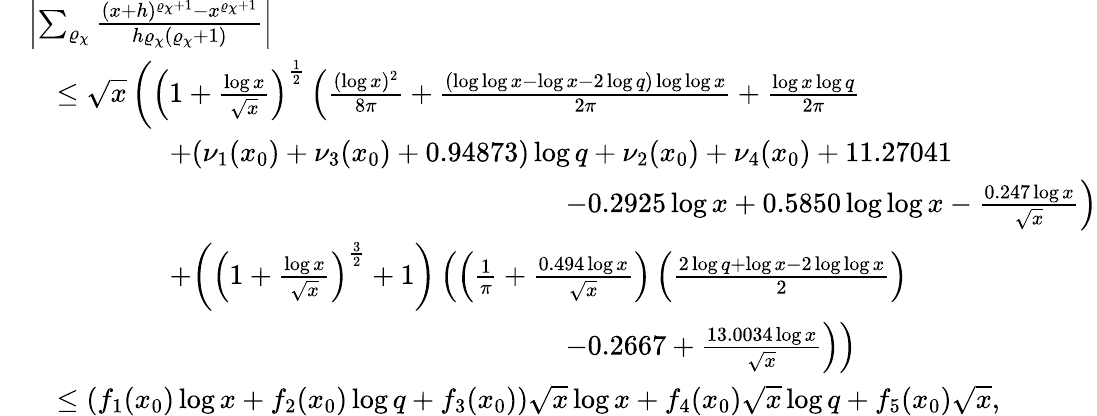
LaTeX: \begin{array}{rl}&{\left|\sum_{\varrho_{\chi}}\frac{(x+h)^{\varrho_{\chi}+1}-x^{\varrho_{\chi}+1}}{h\varrho_{\chi}(\varrho_{\chi}+1)}\right|}\\ &{\quad\leq\sqrt{x}\left(\left(1+\frac{\log{x}}{\sqrt{x}}\right)^{\frac{1}{2}}\left(\frac{(\log{x})^{2}}{8\pi}+\frac{(\log\log{x}-\log{x}-2\log{q})\log\log{x}}{2\pi}+\frac{\log{x}\log{q}}{2\pi}\right.\right.}\\ &{\quad\qquad\qquad\left.\left.+(\nu_{1}(x_{0})+\nu_{3}(x_{0})+0.94873)\log{q}+\nu_{2}(x_{0})+\nu_{4}(x_{0})+11.27041\right.\right.}\\ &{\quad\qquad\qquad\qquad\qquad\qquad\qquad\qquad\qquad\qquad\left.\left.-0.2925\log{x}+0.5850\log\log{x}-\frac{0.247\log{x}}{\sqrt{x}}\right)\right.}\\ &{\quad\qquad\qquad\left.+\bigg(\left(1+\frac{\log{x}}{\sqrt{x}}\right)^{\frac{3}{2}}+1\bigg)\left(\left(\frac{1}{\pi}+\frac{0.494\log{x}}{\sqrt{x}}\right)\left(\frac{2\log{q}+\log{x}-2\log\log{x}}{2}\right)\right.\right.}\\ &{\quad\qquad\qquad\qquad\qquad\qquad\qquad\qquad\qquad\qquad\left.\left.-0.2667+\frac{13.0034\log{x}}{\sqrt{x}}\right)\right)}\\ &{\quad\leq\left(f_{1}(x_{0})\log{x}+f_{2}(x_{0})\log{q}+f_{3}(x_{0})\right)\sqrt{x}\log{x}+f_{4}(x_{0})\sqrt{x}\log{q}+f_{5}(x_{0})\sqrt{x},}\end{array}